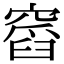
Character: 𥧹